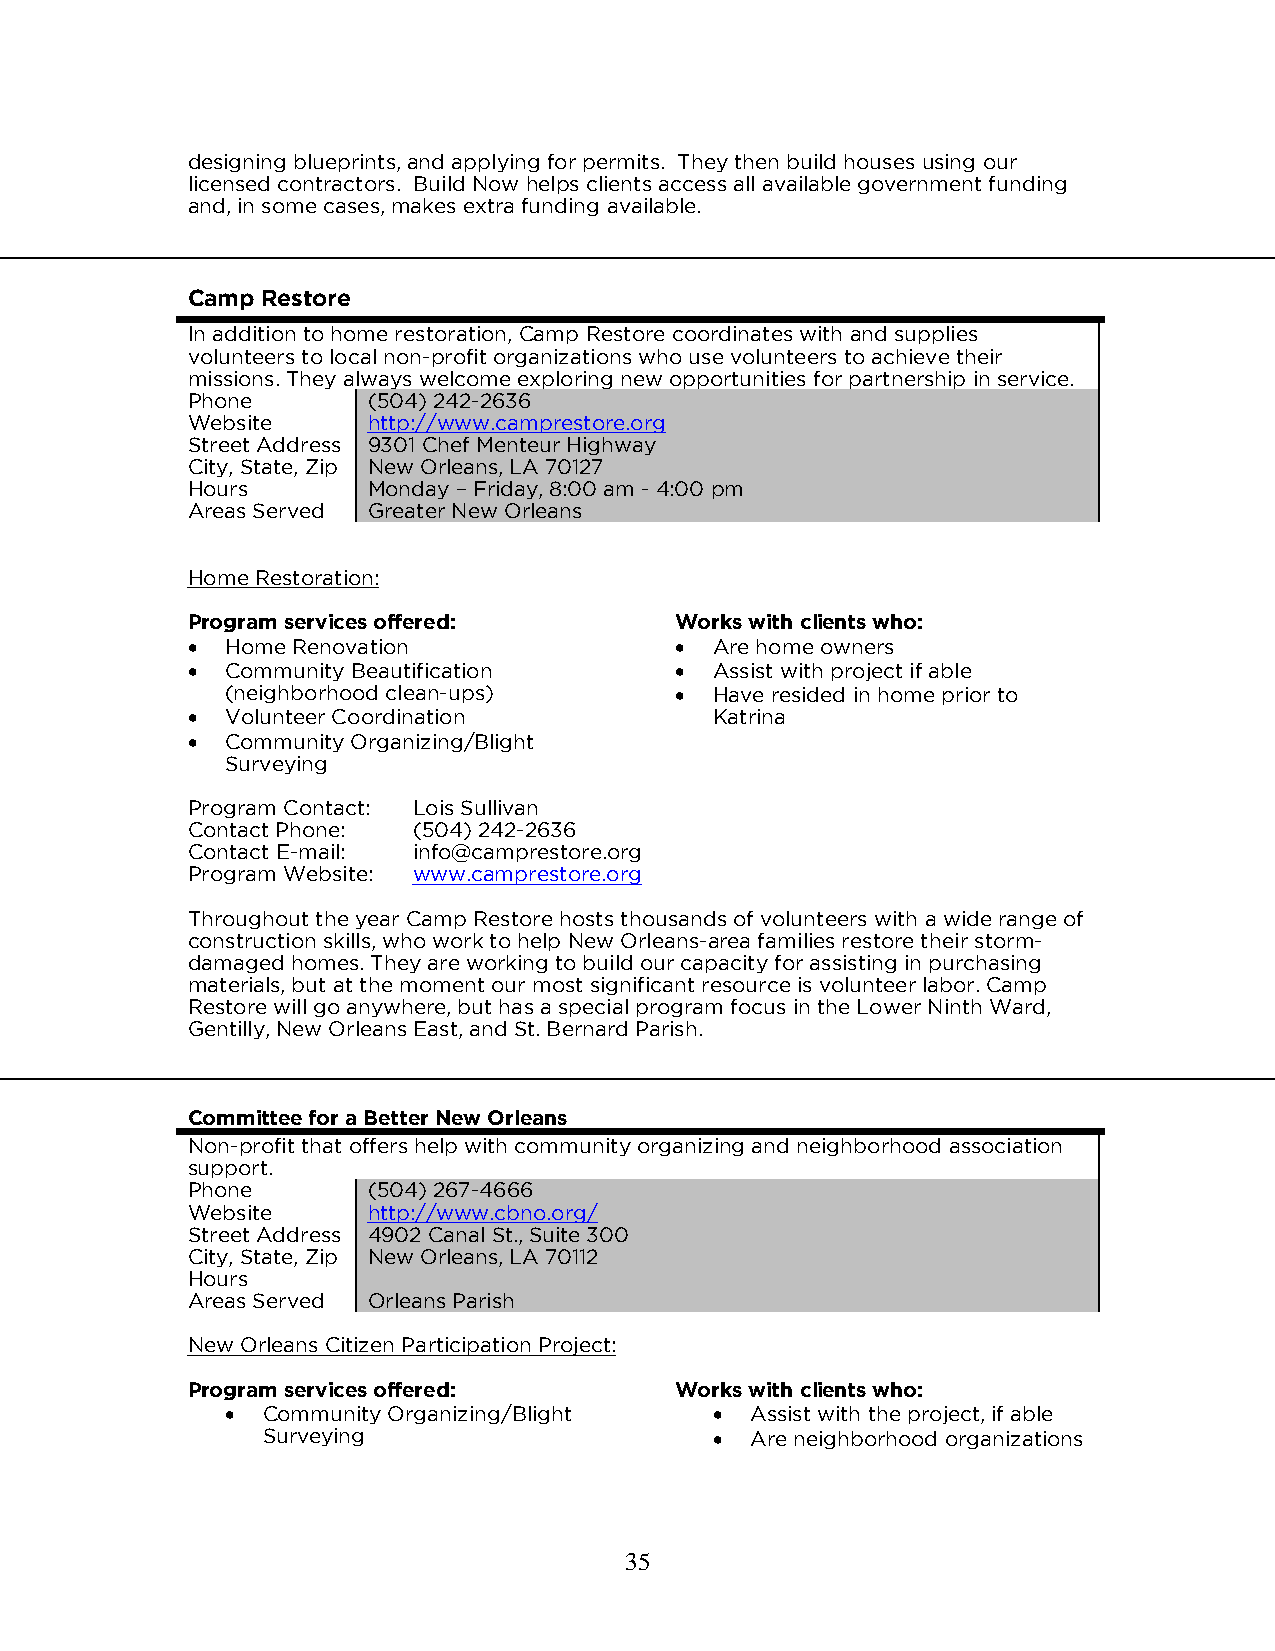
designing blueprints, and applying for permits. They then build houses using our
 licensed contractors. Build Now helps clients access all available government funding
 and, in some cases, makes extra funding available.
 Camp Restore
 In addition to home restoration, Camp Restore coordinates with and supplies
 volunteers to local non-profit organizations who use volunteers to achieve their
 missions. They always welcome exploring new opportunities for partnership in service.
 Phone       (504) 242-2636
 Website     http://www.camprestore.org
 Street Address 9301 Chef Menteur Highway
 City, State, Zip New Orleans, LA 70127
 Hours       Monday – Friday, 8:00 am - 4:00 pm
 Areas Served Greater New Orleans
 Home Restoration:
 Program services offered:        Works with clients who:
   Home Renovation                Are home owners
   Community Beautification       Assist with project if able
 (neighborhood clean-ups)       Have resided in home prior to
   Volunteer Coordination          Katrina
   Community Organizing/Blight
 Surveying
 Program Contact: Lois Sullivan
 Contact Phone: (504) 242-2636
 Contact E-mail: info@camprestore.org
 Program Website: www.camprestore.org
 Throughout the year Camp Restore hosts thousands of volunteers with a wide range of
 construction skills, who work to help New Orleans-area families restore their storm-
 damaged homes. They are working to build our capacity for assisting in purchasing
 materials, but at the moment our most significant resource is volunteer labor. Camp
 Restore will go anywhere, but has a special program focus in the Lower Ninth Ward,
 Gentilly, New Orleans East, and St. Bernard Parish.
 Committee for a Better New Orleans
 Non-profit that offers help with community organizing and neighborhood association
 support.
 Phone       (504) 267-4666
 Website     http://www.cbno.org/
 Street Address 4902 Canal St., Suite 300
 City, State, Zip New Orleans, LA 70112
 Hours
 Areas Served Orleans Parish
 New Orleans Citizen Participation Project:
 Program services offered:        Works with clients who:
  Community Organizing/Blight     Assist with the project, if able
 Surveying                       Are neighborhood organizations
 35